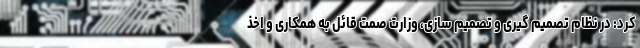
کرد: در نظام تصمیم گیری و تصمیم سازی، وزارت صمت قائل به همکاری و اخذ